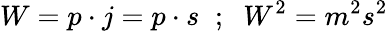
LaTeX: W=p\cdot j=p\cdot s\; \; ;\; \; W^{2}=m^{2}s^{2}